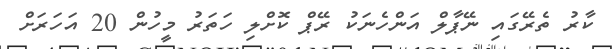
ކާރު ތެރޭގައި ނޭޕާލް އަންހެނަކު ރޭޕް ކޮށްލި ހަތަރު މީހުން 20 އަހަރަށް